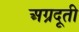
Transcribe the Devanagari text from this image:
अग्रदूती